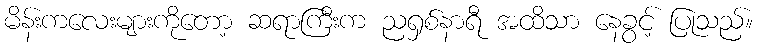
မိန်းကလေးများကိုတော့ ဆရာကြီးက ညရှစ်နာရီ အထိသာ နေခွင့် ပြုသည်။